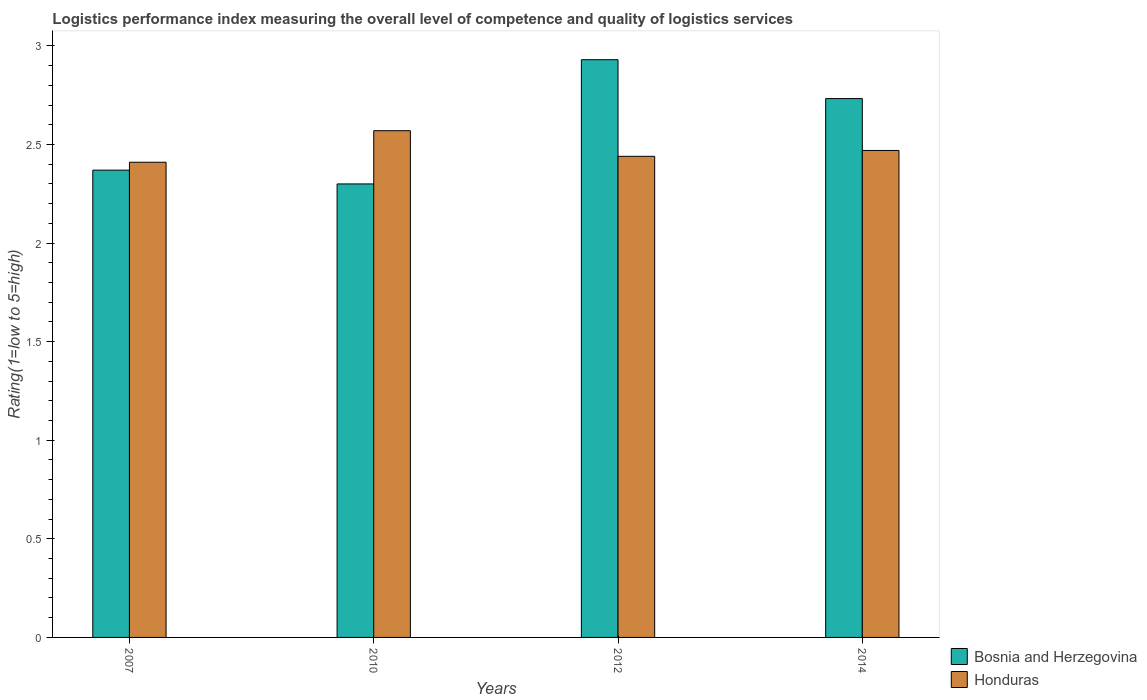
| Years | Bosnia and Herzegovina | Honduras |
 | --- | --- | --- |
 | 2007 | 2.37 | 2.41 |
 | 2010 | 2.3 | 2.57 |
 | 2012 | 2.93 | 2.44 |
 | 2014 | 2.73 | 2.47 |